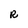
Character: R